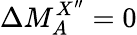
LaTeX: \Delta M_{A}^{X^{\prime\prime}}=0